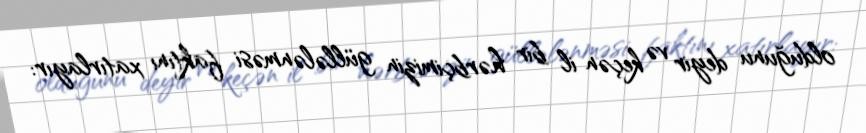
olduğunu deyir və keçən il bir hərbçimizin güllələnməsi faktını xatırlayır: